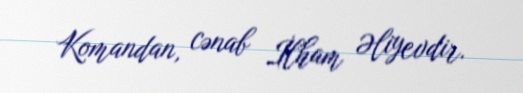
Komandan, cənab İlham Əliyevdir.